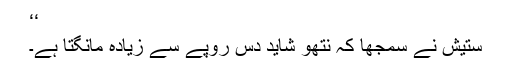
‘‘
ستیش نے سمجھا کہ نتھو شاید دس روپے سے زیادہ مانگتا ہے۔